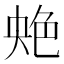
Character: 䒋